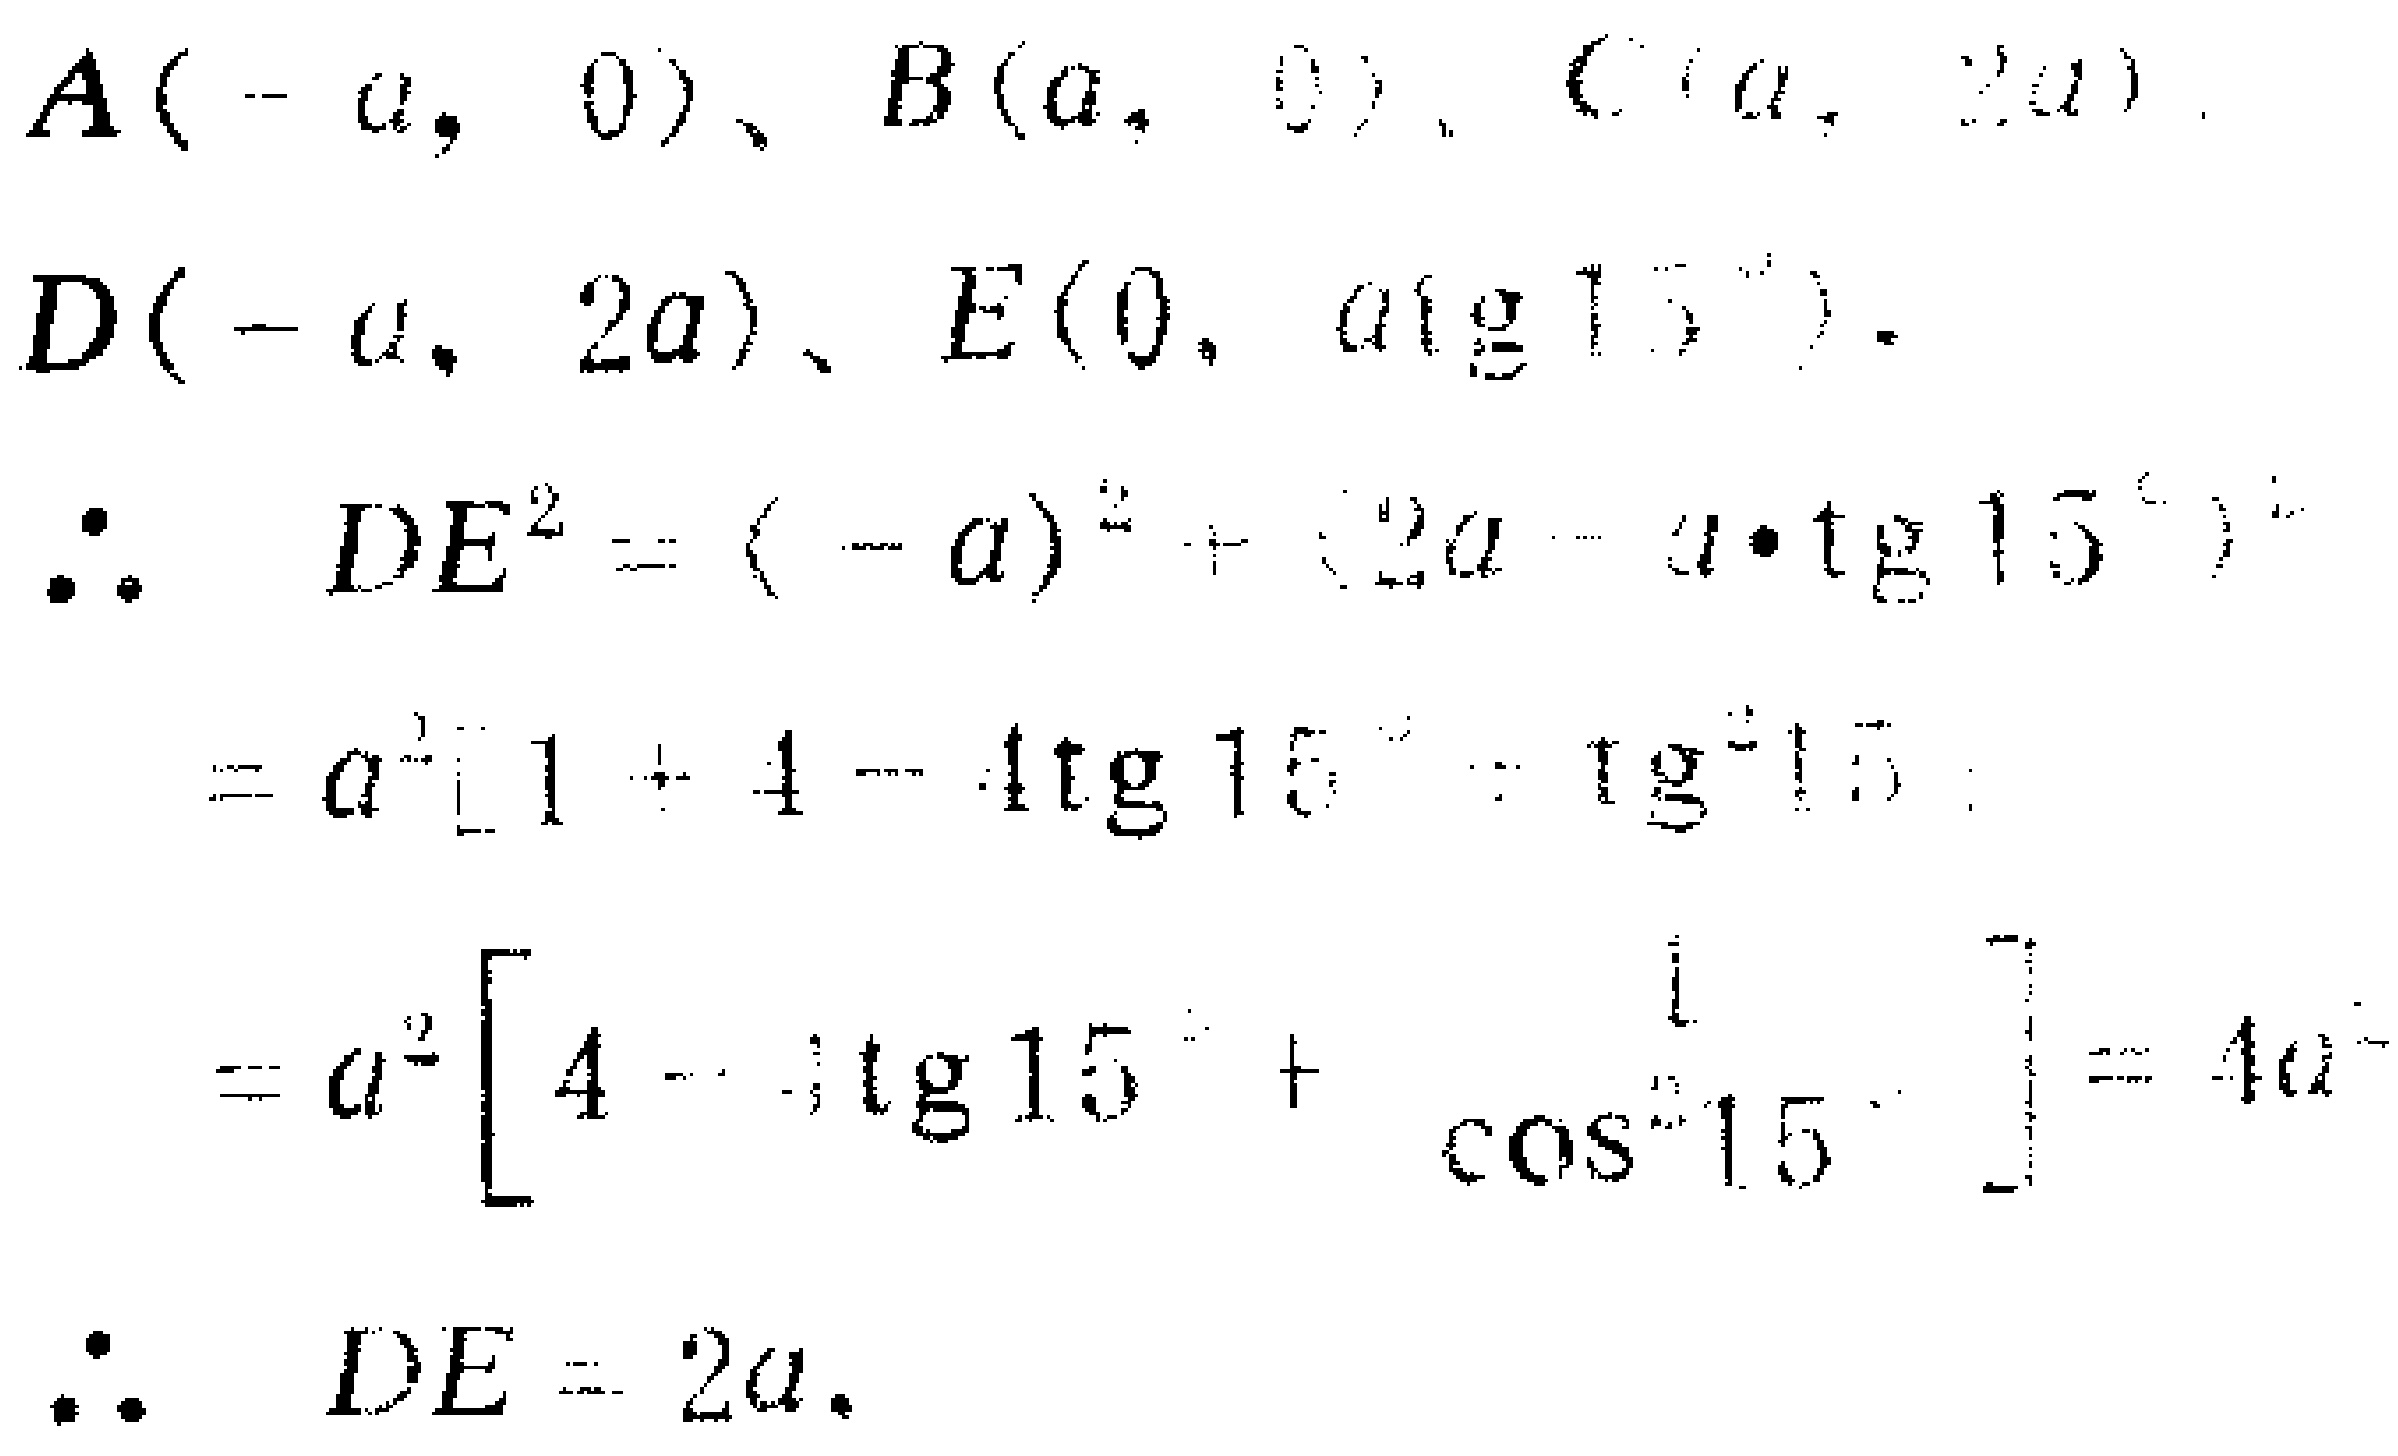
\(A(-a, 0)\)、\(B(a, 0)\)、\(C(a, 2a)\)、

\(D(-a, 2a)\)、\(E(0, a\mathrm{tg}15^{\circ})\)。

\(\therefore DE^{2}=(-a)^{2}+(2a - a\cdot\mathrm{tg}15^{\circ})^{2}\)

\(=a^{2}[1 + 4 - 4\mathrm{tg}15^{\circ}+\mathrm{tg}^{2}15^{\circ}]\)

\(=a^{2}\left[4 - 4\mathrm{tg}15^{\circ}+\frac{1}{\cos^{2}15^{\circ}}\right]=4a^{2}\)

\(\therefore DE = 2a\)。